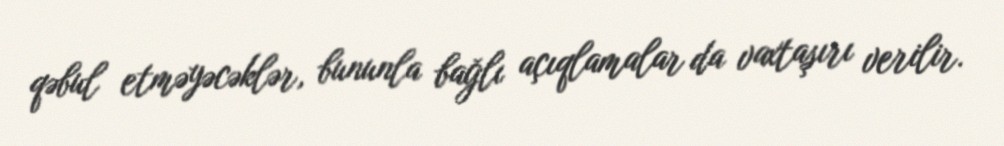
qəbul etməyəcəklər, bununla bağlı açıqlamalar da vaxtaşırı verilir.